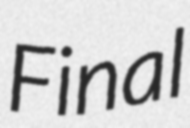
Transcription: Final